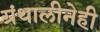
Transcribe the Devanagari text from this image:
ग्रंथालीनेही